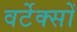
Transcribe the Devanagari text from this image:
वर्टेक्सों